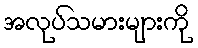
အလုပ်သမားများကို